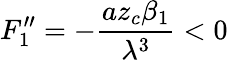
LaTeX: F_{1}^{\prime\prime}=-\frac{az_{c}\beta_{1}}{\lambda^{3}}<0